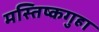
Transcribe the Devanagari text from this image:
मस्तिष्कगुहा